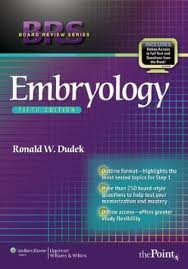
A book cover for BRS Embryology (Board Review Series) 5th (fifth) edition; Ronald W. Dudek; Medical Books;